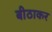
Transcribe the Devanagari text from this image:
बीठाकर